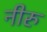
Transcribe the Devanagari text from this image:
नीरु